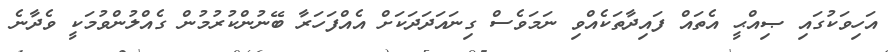
އަހިވަކުގައި ޞިއްޙީ އެތައް ފައިދާތަކެއްވި ނަމަވެސް ގިނައަދަދަކަށް އެއްފަހަރާ ބޭނުންކުރުމުން ގެއްލުންވުމަކީ ވެދާނެ